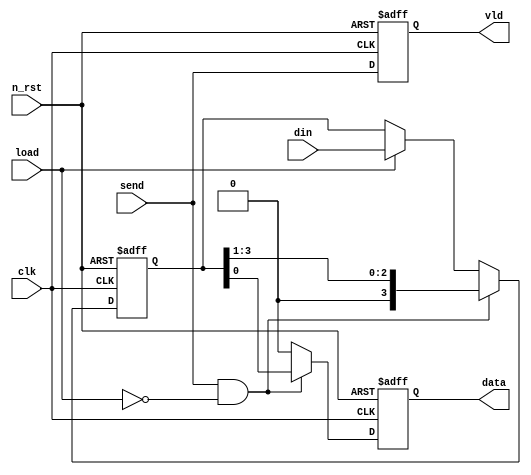
module p2s(
    clk,
    n_rst,
    din,
    load,
    send,
    data,
    vld
);

input   clk;
input   n_rst;

input   [3:0]   din;
input           load;
input           send;

output  reg     data;
output  reg     vld;

reg     [3:0]   tmp_din;

// vld FF
always @(posedge clk or negedge n_rst) begin
    if (!n_rst) begin
        vld <= 1'b0;
    end

    else begin
        vld <= send;
    end
end

// data FF
always @(posedge clk or negedge n_rst) begin
    if (!n_rst) begin
        data <= 1'b0;
    end

    else begin
        if (send == 1'b1 && load == 1'b0) begin
            data <= tmp_din[0];

        end

        else begin
            data <= 1'b0;
        end
    end
end

// tmp_din FF
always @(posedge clk or negedge n_rst) begin
    if (!n_rst) begin
        tmp_din <= 4'b0000;
    end

    else begin 
        if (send == 1'b1 && load == 1'b0) begin
            tmp_din <= {1'b0, tmp_din[3:1]};
        end

        else if (load == 1'b1) begin
            tmp_din <= din;
        end

        else begin
            tmp_din <= tmp_din;
        end
    end

end

endmodule